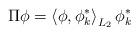
LaTeX: \begin{align*}\Pi \phi = \left<\phi, \phi^*_{k} \right>_{L_2}\phi^*_{k}\end{align*}